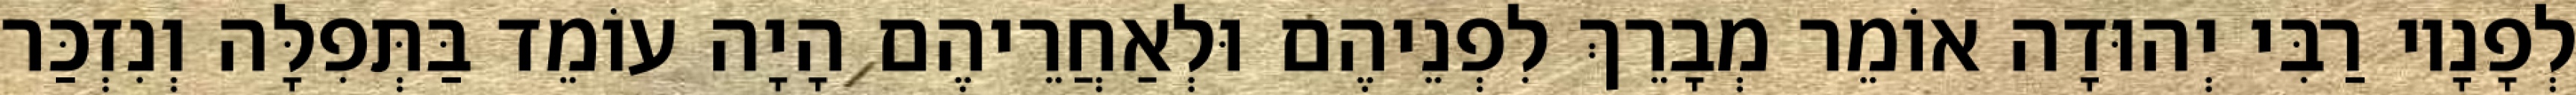
לְפָנָיו רַבִּי יְהוּדָה אוֹמֵר מְבָרֵךְ לִפְנֵיהֶם וּלְאַחֲרֵיהֶם הָיָה עוֹמֵד בַּתְּפִלָּה וְנִזְכַּר